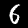
Digit: 6